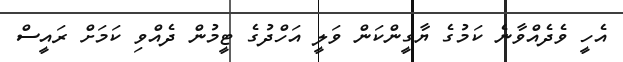
އެހީ ވެދެއްވާނެ ކަމުގެ ޔާގީންކަން ވަލީ އަހްދުގެ ޓީމުން ދެއްވި ކަމަށް ރައީސް